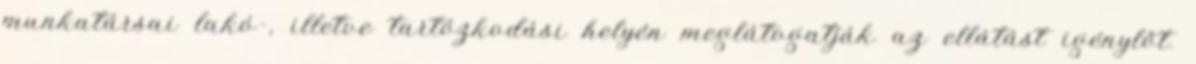
munkatársai lakó-, illetve tartózkodási helyén meglátogatják az ellátást igénylőt.